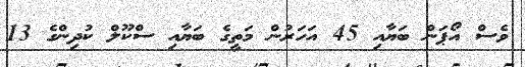
ވެސް އޯޕަން ބަޔާއި 45 އަހަރުން މަތީގެ ބަޔާއި ސްކޫލް ކުދިންގެ 13